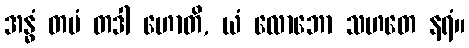
အန္ဓံ တမံ တဒါ ဟောတိ, ယံ လောဘော သဟတေ နရံ။